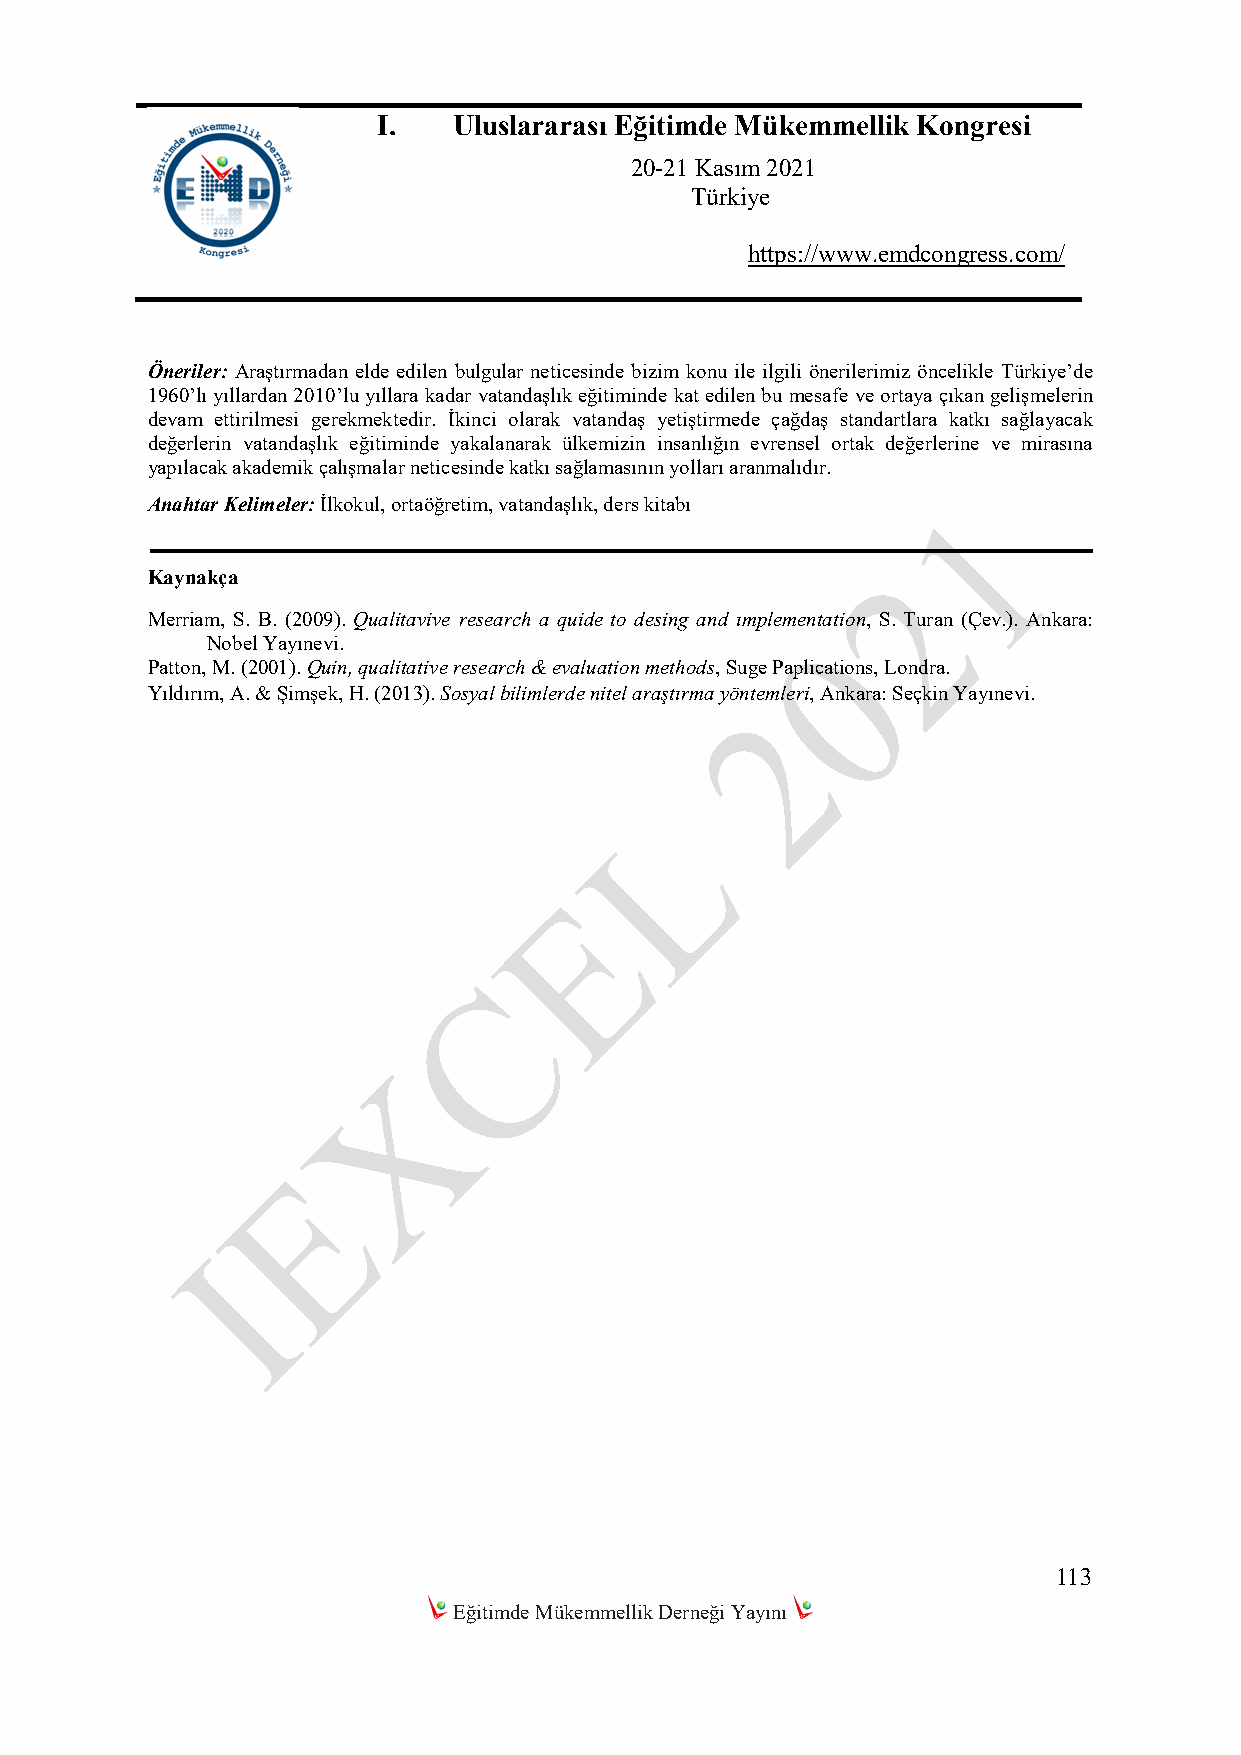
I.   Uluslararası Eğitimde Mükemmellik Kongresi
 20-21 Kasım 2021
 Türkiye
 https://www.emdcongress.com/
 Öneriler: Araştırmadan elde edilen bulgular neticesinde bizim konu ile ilgili önerilerimiz öncelikle Türkiye’de
 1960’lı yıllardan 2010’lu yıllara kadar vatandaşlık eğitiminde kat edilen bu mesafe ve ortaya çıkan gelişmelerin
 devam ettirilmesi gerekmektedir. İkinci olarak vatandaş yetiştirmede çağdaş standartlara katkı sağlayacak
 değerlerin vatandaşlık eğitiminde yakalanarak ülkemizin insanlığın evrensel ortak değerlerine ve mirasına
 yapılacak akademik çalışmalar neticesinde katkı sağlamasının yolları aranmalıdır.
 Anahtar Kelimeler: İlkokul, ortaöğretim, vatandaşlık, ders kitabı
 Kaynakça
 Merriam, S. B. (2009). Qualitavive research a quide to desing and ımplementation, S. Turan (Çev.). Ankara:
 Nobel Yayınevi.
 Patton, M. (2001). Quin, qualitative research & evaluation methods, Suge Paplications, Londra.
 Yıldırım, A. & Şimşek, H. (2013). Sosyal bilimlerde nitel araştırma yöntemleri, Ankara: Seçkin Yayınevi.
 113
 Eğitimde Mükemmellik Derneği Yayını